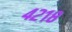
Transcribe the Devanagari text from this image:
४२१८